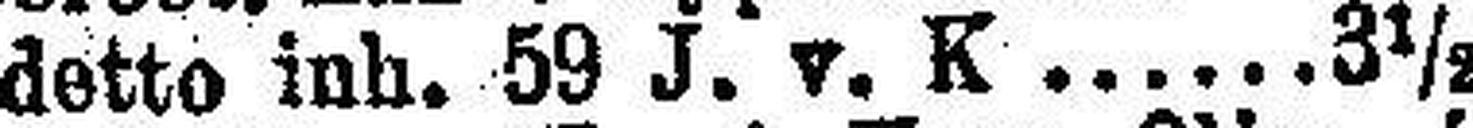
detto inh. 59 J. v. K. 3½